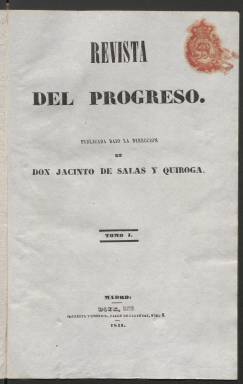
Título: Revista del progreso
Colección: Revistas de información general
Ámbito geográfico: Madrid
Lugar de publicación: Madrid
Fechas: 01/01/1841-16/12/1841